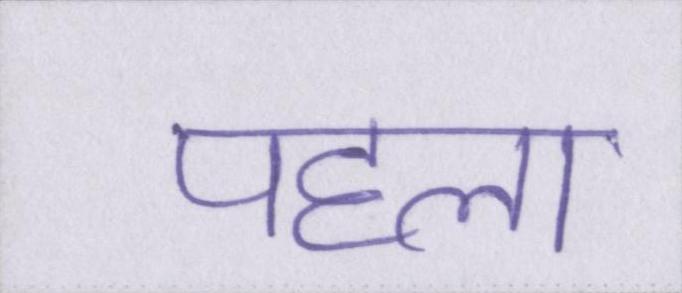
पहला